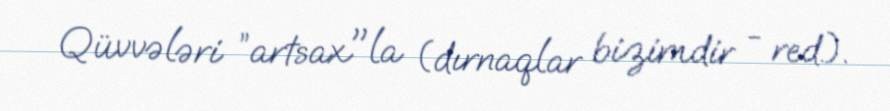
Qüvvələri ”artsax"la (dırnaqlar bizimdir - red.).